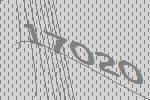
17020